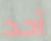
أحد